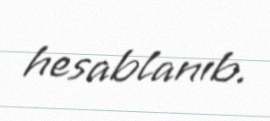
hesablanıb.